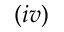
( i v )